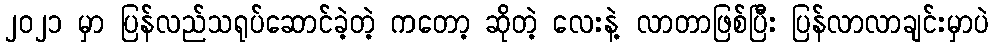
၂၀၂၁ မှာ ပြန်လည်သရုပ်ဆောင်ခဲ့တဲ့ ကတော့ ဆိုတဲ့ လေးနဲ့ လာတာဖြစ်ပြီး ပြန်လာလာချင်းမှာပဲ